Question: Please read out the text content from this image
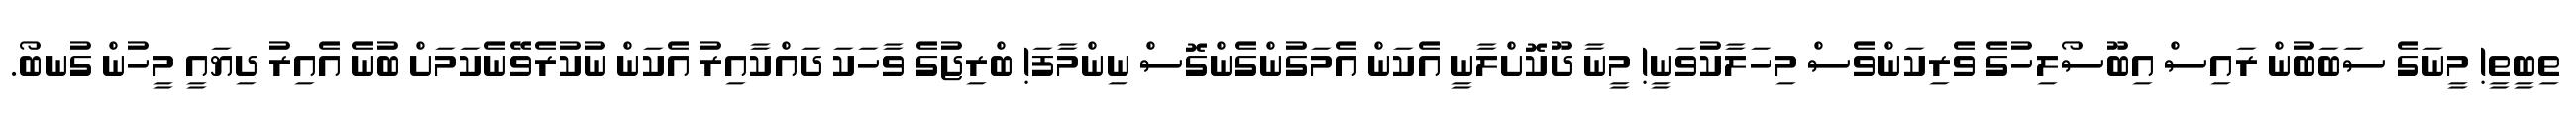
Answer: ތިބީތީ! މީނަގެ ސަބަބުން ރައިސް އިބޫސޯލިހުގެ ވެރިކަންވެސް މިހަލާކުވަނީ! މީނާ ދޫކޮށްލާނީ އެކަން އެމަގުންގެންގޮސް ނިންމާފަ! ބްރިޖުގެ ވާހަކަ ދައްކާއިރު އެކަން ނުކުރެވޭނެކަމަށް ބުނެ އެއިރު ދިޔައީ މީހުން ގުނބޯ.